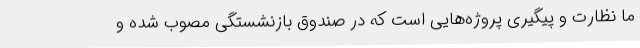
ما نظارت و پیگیری پروژه‌هایی است که در صندوق بازنشستگی مصوب شده و